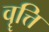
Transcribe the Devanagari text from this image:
वॄत्ति